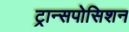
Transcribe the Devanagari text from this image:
ट्रान्सपोसिशन